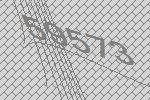
59573